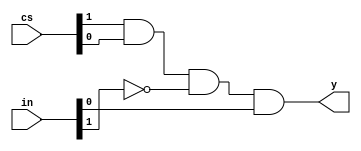
module u(output y, input [1:0]cs, input [1:0]in);

assign y = (cs[1] & cs[0] & (~in[1]) & (in[0]));

endmodule